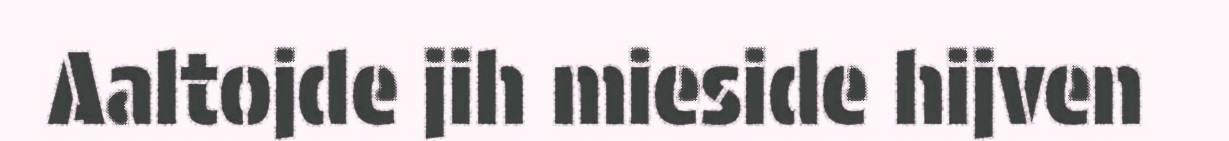
Aaltojde jih mieside hijven